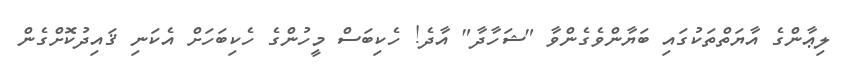
ލިޢާންގެ އާޔަތްތަކުގައި ބަޔާންވެގެންވާ "ޝަހާދާ" އާދެ! ހެކިބަސް މީހުންގެ ހެކިބަހަށް އެކަނި ޤައިދުކޮށްގެން